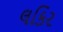
લકિર